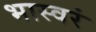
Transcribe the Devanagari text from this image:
भास्वरं